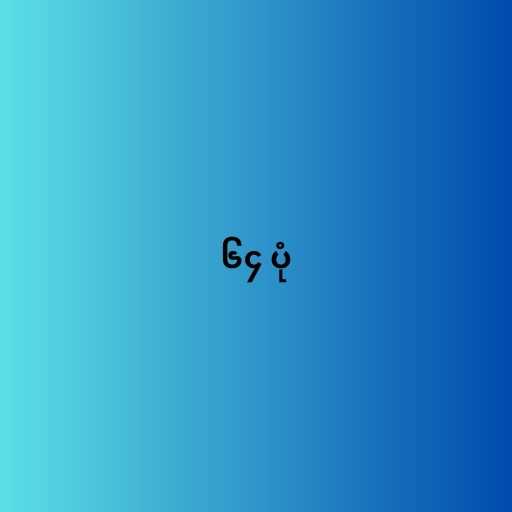
၆၄ ပုံ